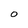
Character: o